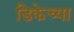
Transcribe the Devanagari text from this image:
डिकेच्या